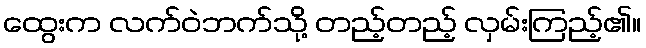
ထွေးက လက်ဝဲဘက်သို့ တည့်တည့် လှမ်းကြည့်၏။